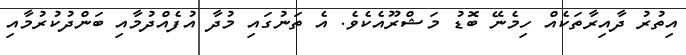
އިތުރު ދާއިރާތަކެއް ހިމެނޭ ބޮޑު މަޝްރޫއެކެވެ. އެ ތަނުގައި މުދާ އުފެއްދުމާއި ބަންދުކުރުމާއި